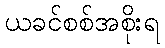
ယခင်စစ်အစိုးရ